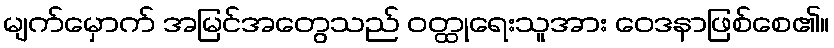
မျက်မှောက် အမြင်အတွေသည် ဝတ္ထုရေးသူအား ဝေဒနာဖြစ်စေ၏။